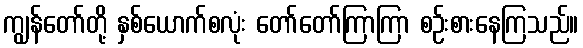
ကျွန်တော်တို့ နှစ်ယောက်စလုံး တော်တော်ကြာကြာ စဉ်းစားနေကြသည်။